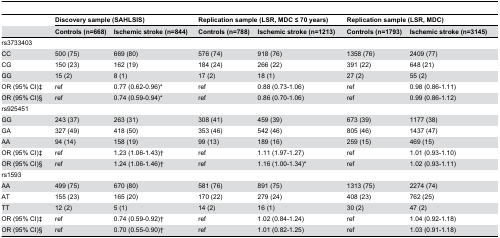
<table><thead><tr><td></td><td colspan="2"><b>Discovery sample (SAHLSIS)</b></td><td colspan="2"><b>Replication sample (LSR, MDC ≤ 70 years)</b></td><td colspan="2"><b>Replication sample (LSR, MDC)</b></td></tr><tr><td></td><td><b>Controls (n=668)</b></td><td><b>Ischemic stroke (n=844)</b></td><td><b>Controls (n=788)</b></td><td><b>Ischemic stroke (n=1213)</b></td><td><b>Controls (n=1793)</b></td><td><b>Ischemic stroke (n=3145)</b></td></tr></thead><tbody><tr><td>rs3733403</td><td></td><td></td><td></td><td></td><td></td><td></td></tr><tr><td>CC</td><td>500 (75)</td><td>669 (80)</td><td>576 (74)</td><td>918 (76)</td><td>1358 (76)</td><td>2409 (77)</td></tr><tr><td>CG</td><td>150 (23)</td><td>162 (19)</td><td>184 (24)</td><td>266 (22)</td><td>391 (22)</td><td>648 (21)</td></tr><tr><td>GG</td><td>15 (2)</td><td>8 (1)</td><td>17 (2)</td><td>18 (1)</td><td>27 (2)</td><td>55 (2)</td></tr><tr><td>OR (95% CI)‡</td><td>ref</td><td>0.77 (0.62-0.96)*</td><td>ref</td><td>0.88 (0.73-1.06)</td><td>ref</td><td>0.98 (0.86-1.11)</td></tr><tr><td>OR (95% CI)§</td><td>ref</td><td>0.74 (0.59-0.94)*</td><td>ref</td><td>0.86 (0.70-1.06)</td><td>ref</td><td>0.99 (0.86-1.12)</td></tr><tr><td>rs925451</td><td></td><td></td><td></td><td></td><td></td><td></td></tr><tr><td>GG</td><td>243 (37)</td><td>263 (31)</td><td>308 (41)</td><td>459 (39)</td><td>673 (39)</td><td>1177 (38)</td></tr><tr><td>GA</td><td>327 (49)</td><td>418 (50)</td><td>353 (46)</td><td>542 (46)</td><td>805 (46)</td><td>1437 (47)</td></tr><tr><td>AA</td><td>94 (14)</td><td>158 (19)</td><td>99 (13)</td><td>189 (16)</td><td>259 (15)</td><td>469 (15)</td></tr><tr><td>OR (95% CI)‡</td><td>ref</td><td>1.23 (1.06-1.43)†</td><td>ref</td><td>1.11 (1.97-1.27)</td><td>ref</td><td>1.01 (0.93-1.10)</td></tr><tr><td>OR (95% CI)§</td><td>ref</td><td>1.24 (1.06-1.46)†</td><td>ref</td><td>1.16 (1.00-1.34)*</td><td>ref</td><td>1.02 (0.93-1.11)</td></tr><tr><td>rs1593</td><td></td><td></td><td></td><td></td><td></td><td></td></tr><tr><td>AA</td><td>499 (75)</td><td>670 (80)</td><td>581 (76)</td><td>891 (75)</td><td>1313 (75)</td><td>2274 (74)</td></tr><tr><td>AT</td><td>155 (23)</td><td>165 (20)</td><td>170 (22)</td><td>279 (24)</td><td>408 (23)</td><td>762 (25)</td></tr><tr><td>TT</td><td>12 (2)</td><td>5 (1)</td><td>14 (2)</td><td>16 (1)</td><td>30 (2)</td><td>47 (2)</td></tr><tr><td>OR (95% CI)‡</td><td>ref</td><td>0.74 (0.59-0.92)†</td><td>ref</td><td>1.02 (0.84-1.24)</td><td>ref</td><td>1.04 (0.92-1.18)</td></tr><tr><td>OR (95% CI)§</td><td>ref</td><td>0.70 (0.55-0.90)†</td><td>ref</td><td>1.01 (0.82-1.25)</td><td>ref</td><td>1.03 (0.91-1.18)</td></tr></tbody></table>